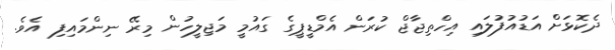
ދެކޮޅަށް އަޑުއުފުލައި އިހްތިޖާޖް ކުރަން އެމްޑީޕީގެ ގައުމީ މަޖިލީހުން މިރޭ ނިންމައިފި އެވެ.